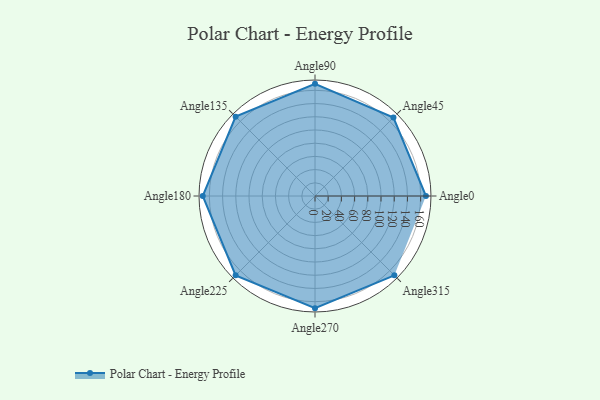
{"axis": {"x": "Angle", "y": "Radius"}, "legend": [""], "data": [{"x": "Angle0", "y": 168.0, "type": ""}, {"x": "Angle45", "y": 168.0, "type": ""}, {"x": "Angle90", "y": 170, "type": ""}, {"x": "Angle135", "y": 170, "type": ""}, {"x": "Angle180", "y": 170, "type": ""}, {"x": "Angle225", "y": 170, "type": ""}, {"x": "Angle270", "y": 170, "type": ""}, {"x": "Angle315", "y": 170, "type": ""}]}